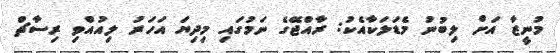
މުނީޒާ އަށް ލިބުނު މެޑަލަކާއެކު: ރާއްޖޭގެ ނަމުގައި މިދިޔަ އަހަރު ލިއުއްވި ރިސާޗް